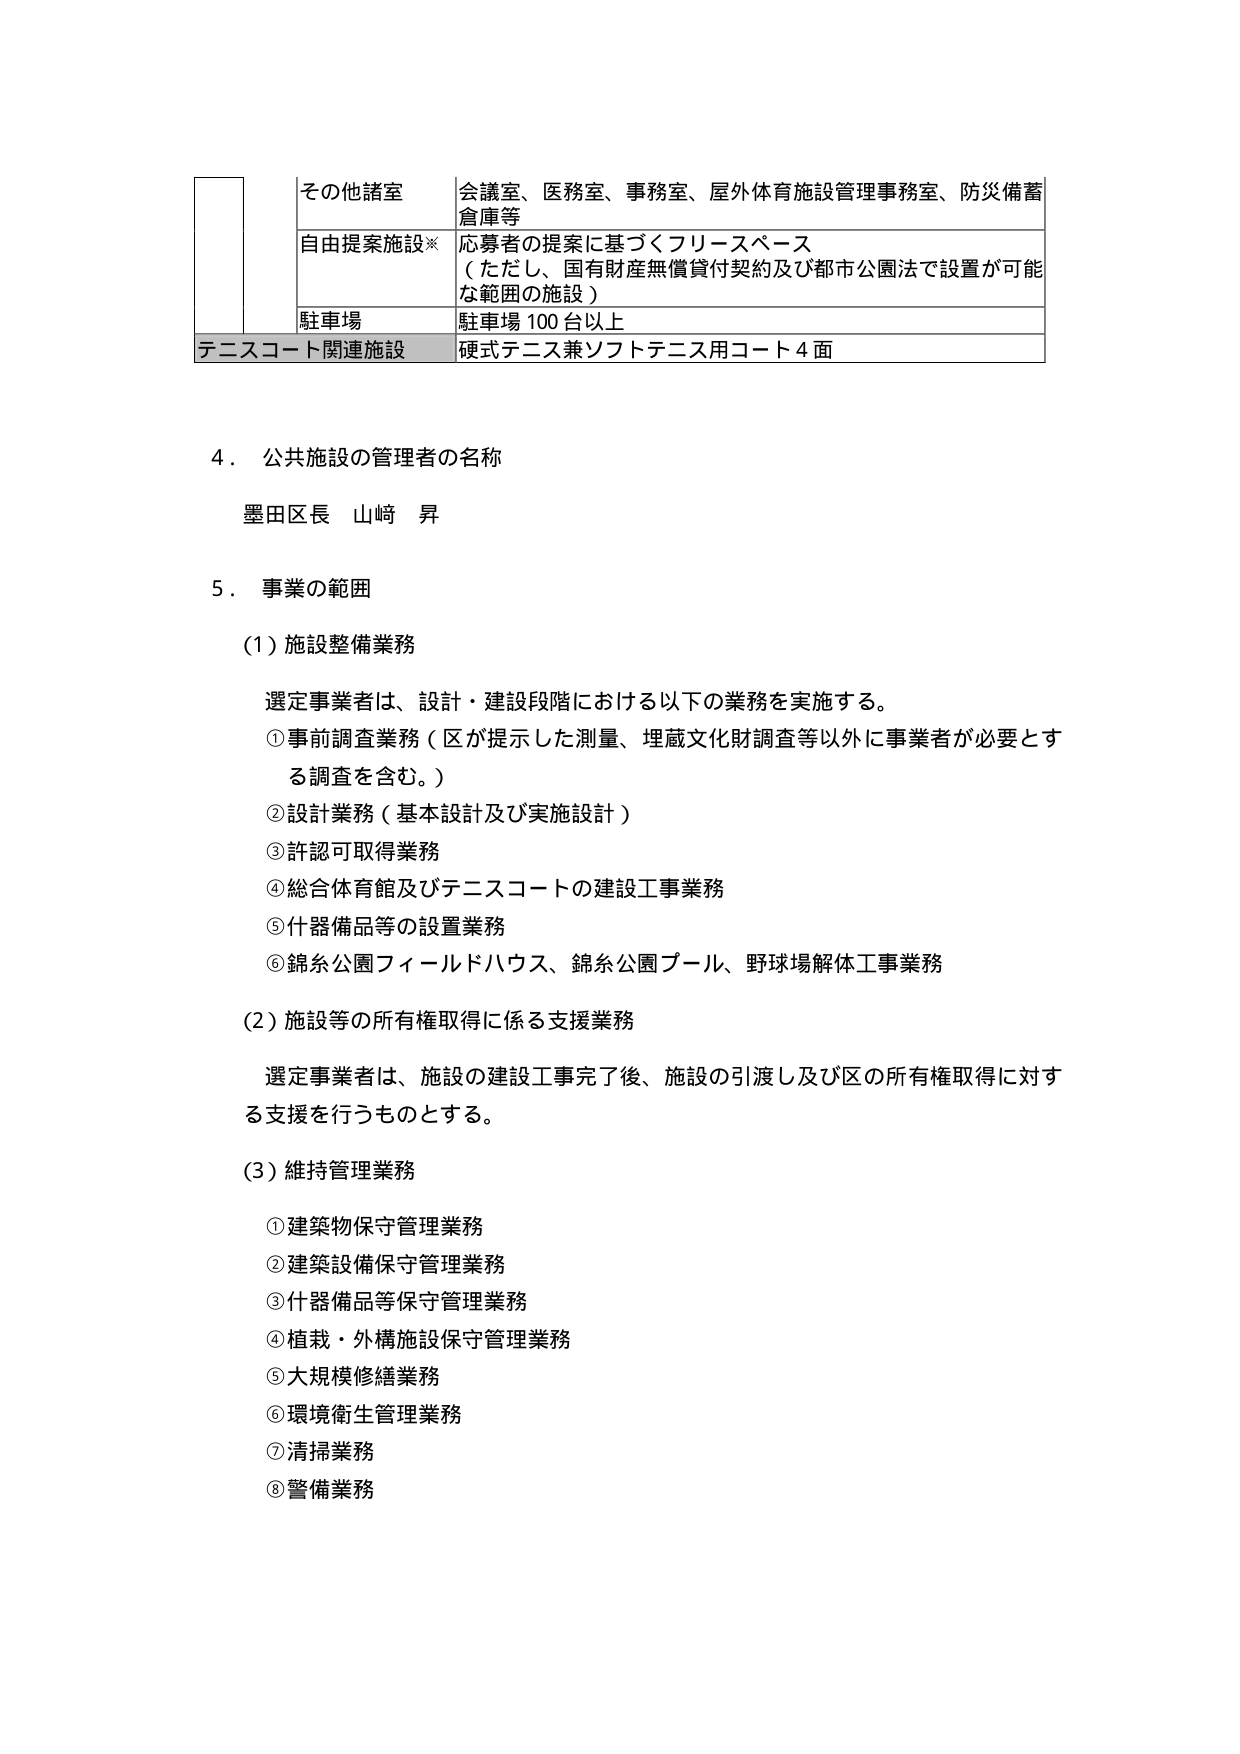
その他諸室 会議室、医務室、事務室、屋外体育施設管理事務室、防災備蓄 倉庫等
自由提案施設※ 応募者の提案に基づくフリースペース （ただし、国有財産無償貸付契約及び都市公園法で設置が可能 な範囲の施設）
駐車場 駐車場 100 台以上
テニスコート関連施設 硬式テニス兼ソフトテニス用コート 4 面

4．公共施設の管理者の名称
墨田区長 山崎 昇

5．事業の範囲
(1) 施設整備業務
選定事業者は、設計・建設段階における以下の業務を実施する。
① 事前調査業務（区が提示した測量、埋蔵文化財調査等以外に事業者が必要とする調査を含む。）
② 設計業務（基本設計及び実施設計）
③ 許認可取得業務
④ 総合体育館及びテニスコートの建設工事業務
⑤ 什器備品等の設置業務
⑥ 錦糸公園フィールドハウス、錦糸公園プール、野球場解体工事業務

(2) 施設等の所有権取得に係る支援業務
選定事業者は、施設の建設工事完了後、施設の引渡し及び区の所有権取得に対する支援を行うものとする。

(3) 維持管理業務
① 建築物保守管理業務
② 建築設備保守管理業務
③ 什器備品等保守管理業務
④ 植栽・外構施設保守管理業務
⑤ 大規模修繕業務
⑥ 環境衛生管理業務
⑦ 清掃業務
⑧ 警備業務